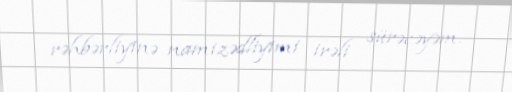
rəhbərliyinə namizədliyimi irəli sürəcəyəm.